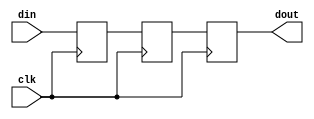
/////////////////////////////////////////
//  Functionality: flop to flop path
////////////////////////////////////////
// `timescale 1ns / 1ps


module flop2flop2flop(
  din,
  dout,
  clk);

input din;
input clk;
output reg dout;

reg q1 ;
   reg q2 ;
   

always @(posedge clk)
    begin
      q1 <= din ;
	end

always @(posedge clk)
    begin
      q2 <= q1 ;
	end

always @(posedge clk)
    begin 
	    dout <= q2 ;
	end
		
endmodule